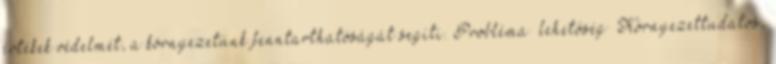
értékek védelmét, a környezetünk fenntarthatóságát segíti. Probléma lehetőség ▪Környezettudatos,